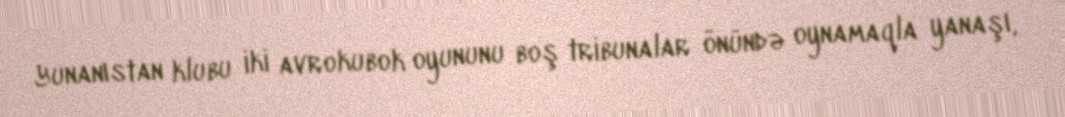
Yunanıstan klubu iki avrokubok oyununu boş tribunalar önündə oynamaqla yanaşı,